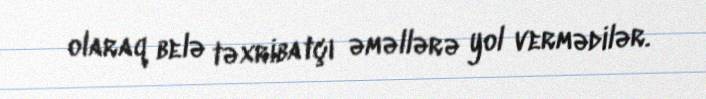
olaraq belə təxribatçı əməllərə yol vermədilər.